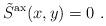
LaTeX: \begin{align*}\tilde{S}^{\rm ax}(x,y) = 0 \ .\end{align*}